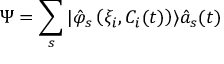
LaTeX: \Psi = \sum _ { s } | \hat { \varphi } _ { s } \left( \xi _ { i } , C _ { i } ( t ) \right) \rangle \hat { a } _ { s } ( t )